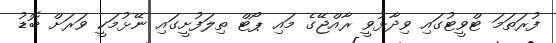
ފުރަތަމަ ޓްވީޓުގައި ވިދާޅުވީ ރާއްޖޭގެ މައި ޕޯޓް ތިލަފުށީގައި ނޭޅުމަކީ ވަރަށް ބޮޑު